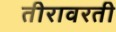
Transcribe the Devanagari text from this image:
तीरावरती